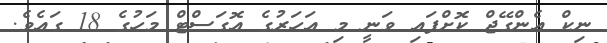
ނިކް އެންގޭޖް ކޮށްފައި ވަނީ މި އަހަރުގެ އޮގަސްޓް މަހުގެ 18 ގައެވެ.